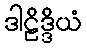
ဒါဠိဒ္ဒိယံ